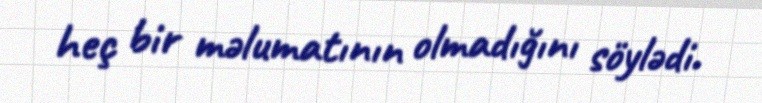
heç bir məlumatının olmadığını söylədi.